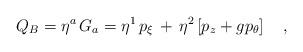
LaTeX: \begin{align*}Q_B=\eta^a\,G_a=\eta^1\,p_\xi\,+\,\eta^2\left[p_z+gp_\theta\right]\ \ \ ,\end{align*}